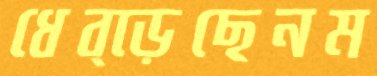
ধেব্‌ড়েছেনম